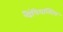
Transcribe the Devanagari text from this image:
चैंपियन्शिप